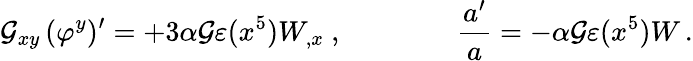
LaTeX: \mathcal{G}_{xy}\, (\varphi^{y})^{\prime}=+3\alpha\mathcal{G}\varepsilon(x^{5})W_{,x}\ ,\qquad\qquad{\frac{{a^{\prime}}}{{a}}}=-\alpha\mathcal{G}\varepsilon(x^{5})W\, .